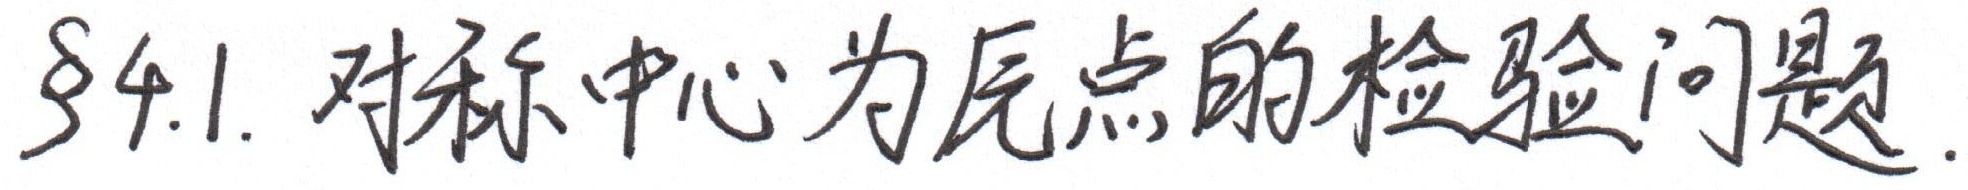
§4.1. 对称中心为原点的检验问题.